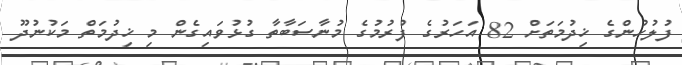
ފުލުހުންގެ ޚިދުމަތަށް 82 އަހަރުގެ ފުރުމުގެ މުނާސަބާތާ ގުޅުވައިގެން މި ޚިދުމަތް މަކުނުދޫ